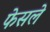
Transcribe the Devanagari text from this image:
फेसले